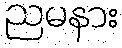
ညမနား